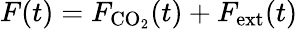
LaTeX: F(t)=F_{\mathrm{CO}_{2}}(t)+F_{\mathrm{ext}}(t)